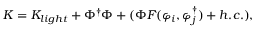
K = K _ { l i g h t } + \Phi ^ { \dagger } \Phi + ( \Phi F ( \varphi _ { i } , \varphi _ { j } ^ { \dagger } ) + h . c . ) ,